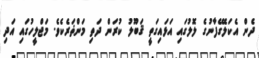
ދެން އެކަލޭގެފާނުގެ ލޮލުގައި އަޅައިގަތީ ޤަބޫލު ކުރަން ދަތި މަންޡަރެކެވެ. މަޖްލީހުގައި އަދި